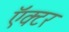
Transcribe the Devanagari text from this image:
ऍक्टर